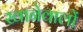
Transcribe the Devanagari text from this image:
खानेवालों